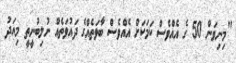
"މިނިވަން 50 ގެ އެއްވެސް ކަމަކަށް އެއްވެސް ބާވަތެއްގެ ދައުވަތެއް ނުލިބުނީތީ މިއަދު